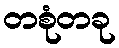
တစုံတခု